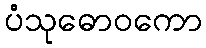
ပံသုဓောဝကော